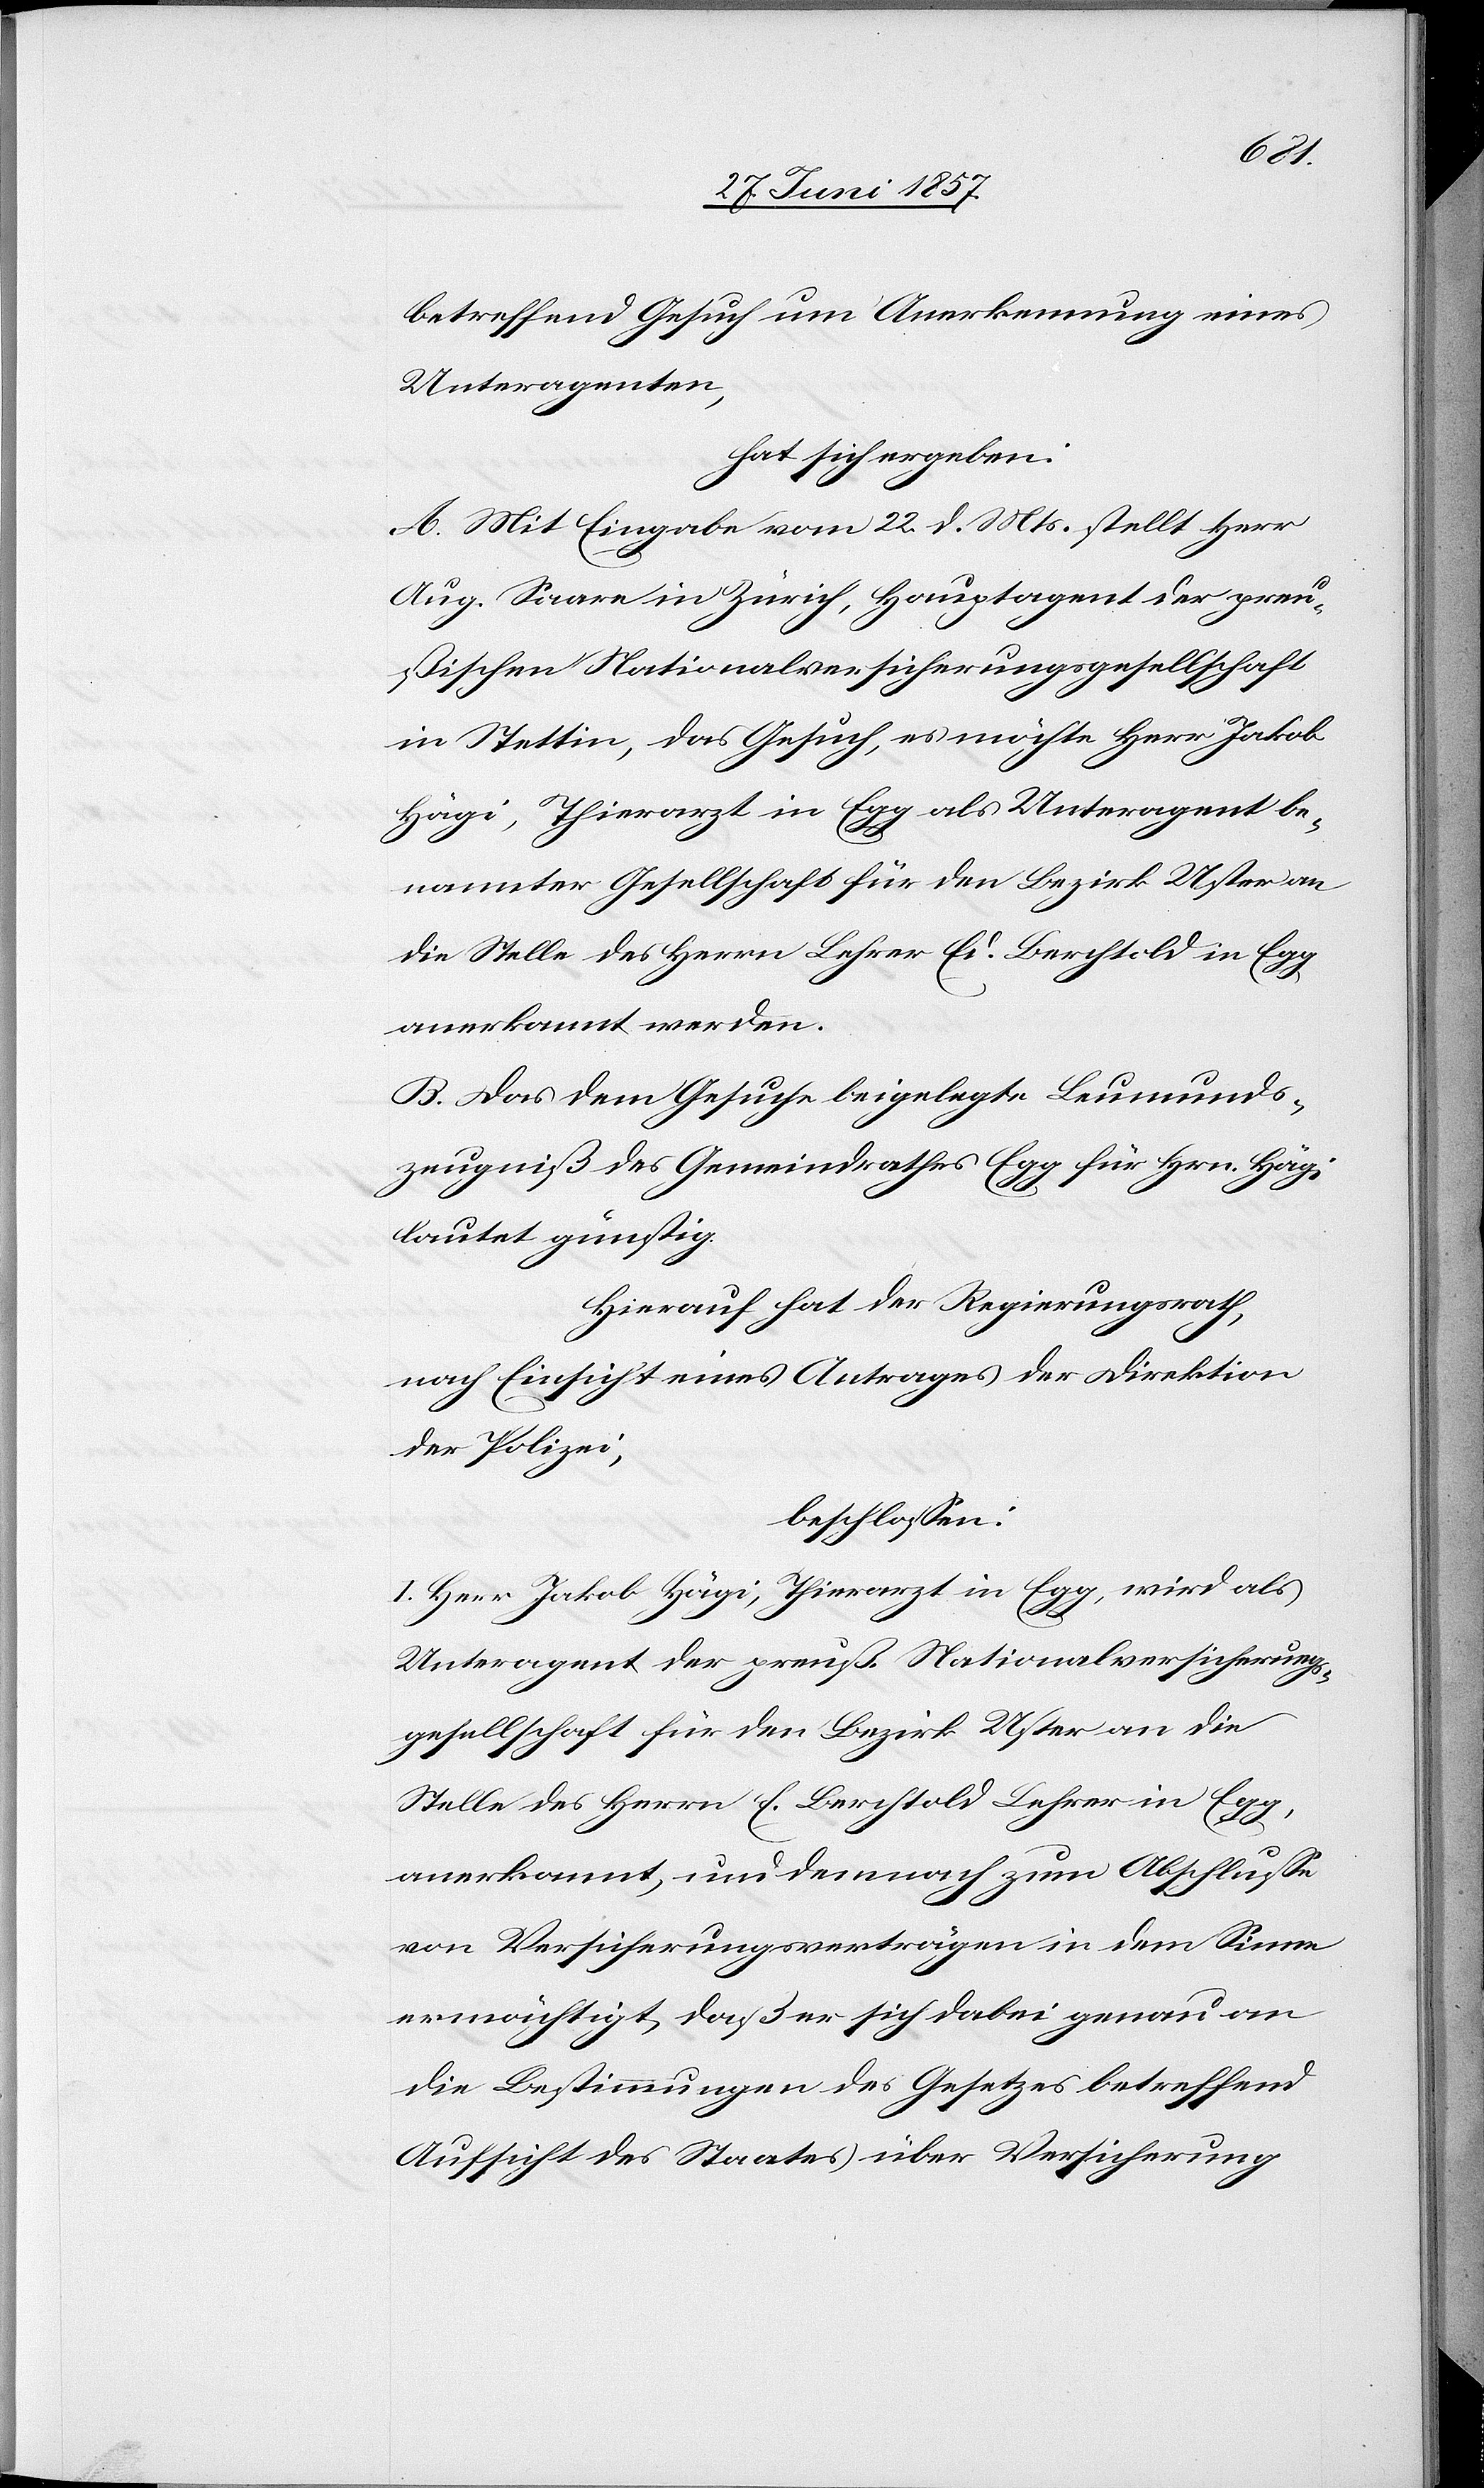
betreffend Gesuch um Anerkennung eines
Unteragenten,
hat sich ergeben:
A. Mit Eingabe vom 22 d. Mts. stellt Herr
Aug. Saare in Zürich, Hauptagent der preu¬
ßischen Nationalversicherungsgesellschaft
in Stettin, das Gesuch, es möchte Herr Jakob
Hägi, Thierarzt in Egg als Unteragent be¬
nannter Gesellschaft für den Bezirk Uster an
die Stelle des Herrn Lehrer Ed. Berchtold in Egg
anerkannt werden.
B. Das dem Gesuche beigelegte Leumunds¬
zeugniß des Gemeindrathes Egg für Hrn. Hägi
lautet günstig.
Hierauf hat der Regierungsrath,
nach Einsicht eines Antrages der Direktion
der Polizei,
beschlossen:
I. Herr Jakob Hägi, Thierarzt in Egg, wird als
Unteragent der preuß. Nationalversicherungs¬
gesellschaft für den Bezirk Uster an die
Stelle des Herrn E. Berchtold Lehrer in Egg,
anerkannt, und demnach zum Abschlusse
von Versicherungsverträgen in dem Sinne
ermächtigt, daß er sich dabei genau an
die Bestimmungen des Gesetzes betreffend
Aufsicht des Staates über Versicherung